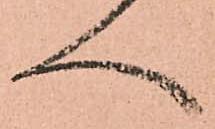
へ